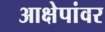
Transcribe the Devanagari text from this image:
आक्षेपांवर